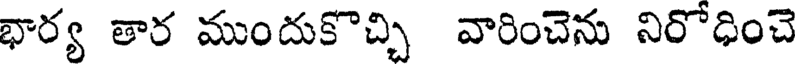
భార్య తార ముందుకొచ్చి వారించెను నిరోధించె